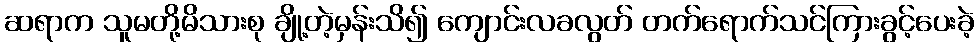
ဆရာက သူမတို့မိသားစု ချို့တဲ့မှန်းသိ၍ ကျောင်းလခလွတ် တက်ရောက်သင်ကြားခွင့်ပေးခဲ့